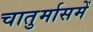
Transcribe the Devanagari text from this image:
चातुर्मासमें